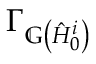
\Gamma _ { \mathbb { G } \left( \hat { H } _ { 0 } ^ { i } \right) }